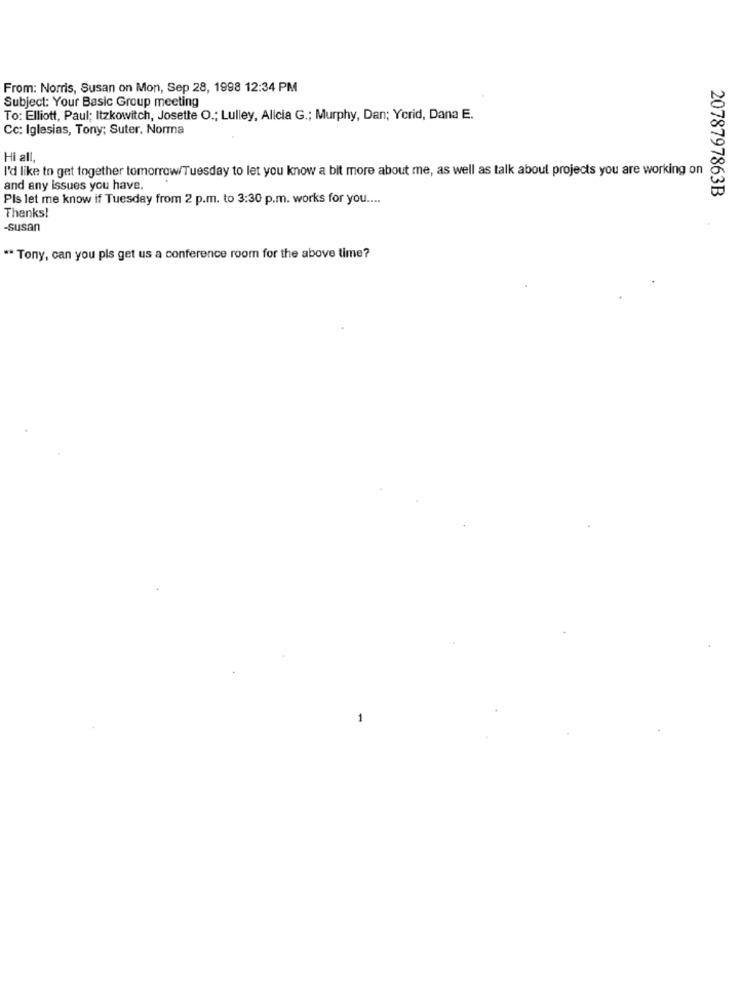
From: Norris, Susan on Mon, Sep 28, 1998 12:34 PM
Subject: Your Basic Group meeting
To: Elliott, Paul; Itzkowitch, Josette O .; Lulley, Alicia G .; Murphy, Dan; Ycrid, Dana E.
Cc: Iglesias, Tony; Suter, Norma
Hi all,
I'd like to get together tomorrow/Tuesday to let you know a bit more about me, as well as talk about projects you are working on
and any issues you have.
2078797863B
Pls let me know if Tuesday from 2 p.m. to 3:30 p.m. works for you ....
Thanks!
-susan
** Tony, can you pls get us a conference room for the above time?
-